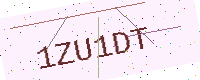
Text: 1ZU1DT